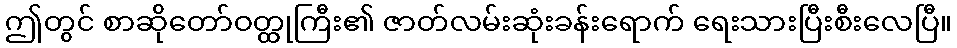
ဤတွင် စာဆိုတော်ဝတ္ထုကြီး၏ ဇာတ်လမ်းဆုံးခန်းရောက် ရေးသားပြီးစီးလေပြီ။